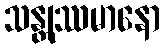
သန္တုဿမာနော